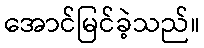
အောင်မြင်ခဲ့သည်။